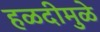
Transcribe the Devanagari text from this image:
हळदीमुळे